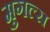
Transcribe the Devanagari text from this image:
मुगल्स